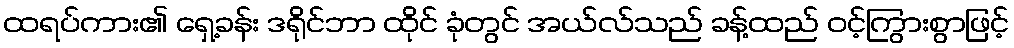
ထရပ်ကား၏ ရှေ့ခန်း ဒရိုင်ဘာ ထိုင် ခုံတွင် အယ်လ်သည် ခန့်ထည် ဝင့်ကြွားစွာဖြင့်